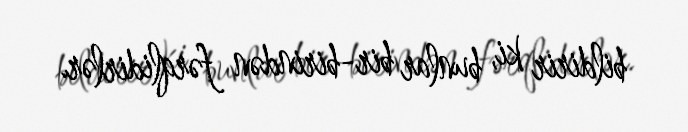
bildirir ki, bunlar bir-birindən fərqlidirlər.